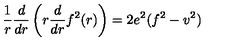
\frac { 1 } { r } \frac { d } { d r } \left( r \frac { d } { d r } f ^ { 2 } ( r ) \right) = 2 e ^ { 2 } ( f ^ { 2 } - v ^ { 2 } )